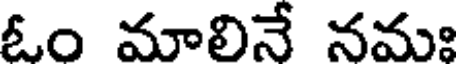
ఓం మాలినే నమః